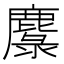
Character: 𲎌